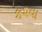
ક૨વા